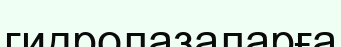
гидролазаларға